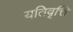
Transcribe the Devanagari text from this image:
यतिवृत्ति